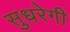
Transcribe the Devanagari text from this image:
सुधरेगी